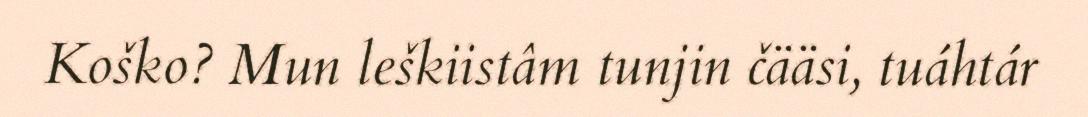
Koško? Mun leškiistâm tunjin čääsi, tuáhtár